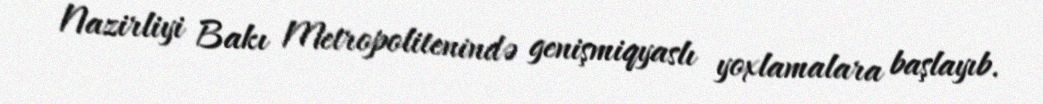
Nazirliyi Bakı Metropolitenində genişmiqyaslı yoxlamalara başlayıb.